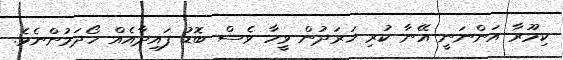
ކިމޫރާ އަންނަނީ އޭނާ ކުރި ޚަރަދުން ވީހާ ވެސް ބޮޑު ފައިދާއެއް ހޯދަމުންނެވެ.